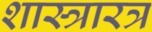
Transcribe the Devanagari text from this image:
शास्त्रारत्र